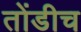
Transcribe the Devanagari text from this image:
तोंडीच